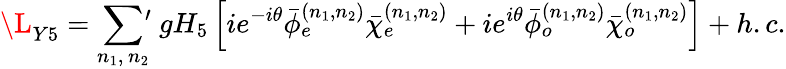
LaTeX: {\L_{Y5}}=\sum_{n_{1},\, n_{2}}\, \! \! \! ^{\prime}\ gH_{5}\left[ie^{-i\theta}{\bar{\phi}}_{e}^{(n_{1},n_{2})}{\bar{\chi}}_{e}^{(n_{1},n_{2})}+ie^{i\theta}{\bar{\phi}}_{o}^{(n_{1},n_{2})}{\bar{\chi}}_{o}^{(n_{1},n_{2})}\right]+h.c.